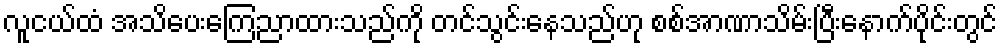
လူငယ်ထံ အသိပေးကြေညာထားသည်ကို တင်သွင်းနေသည်ဟု စစ်အာဏာသိမ်းပြီးနောက်ပိုင်းတွင်